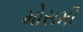
મોસમી